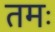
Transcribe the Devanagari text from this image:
तमः